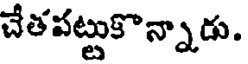
చేతపట్టుకొన్నాడు.